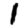
Digit: 1